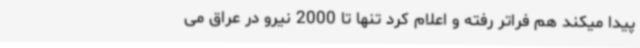
پیدا میکند هم فراتر رفته و اعلام کرد تنها تا 2000 نیرو در عراق می